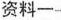
资料一